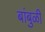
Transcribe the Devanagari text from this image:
बांबुळी